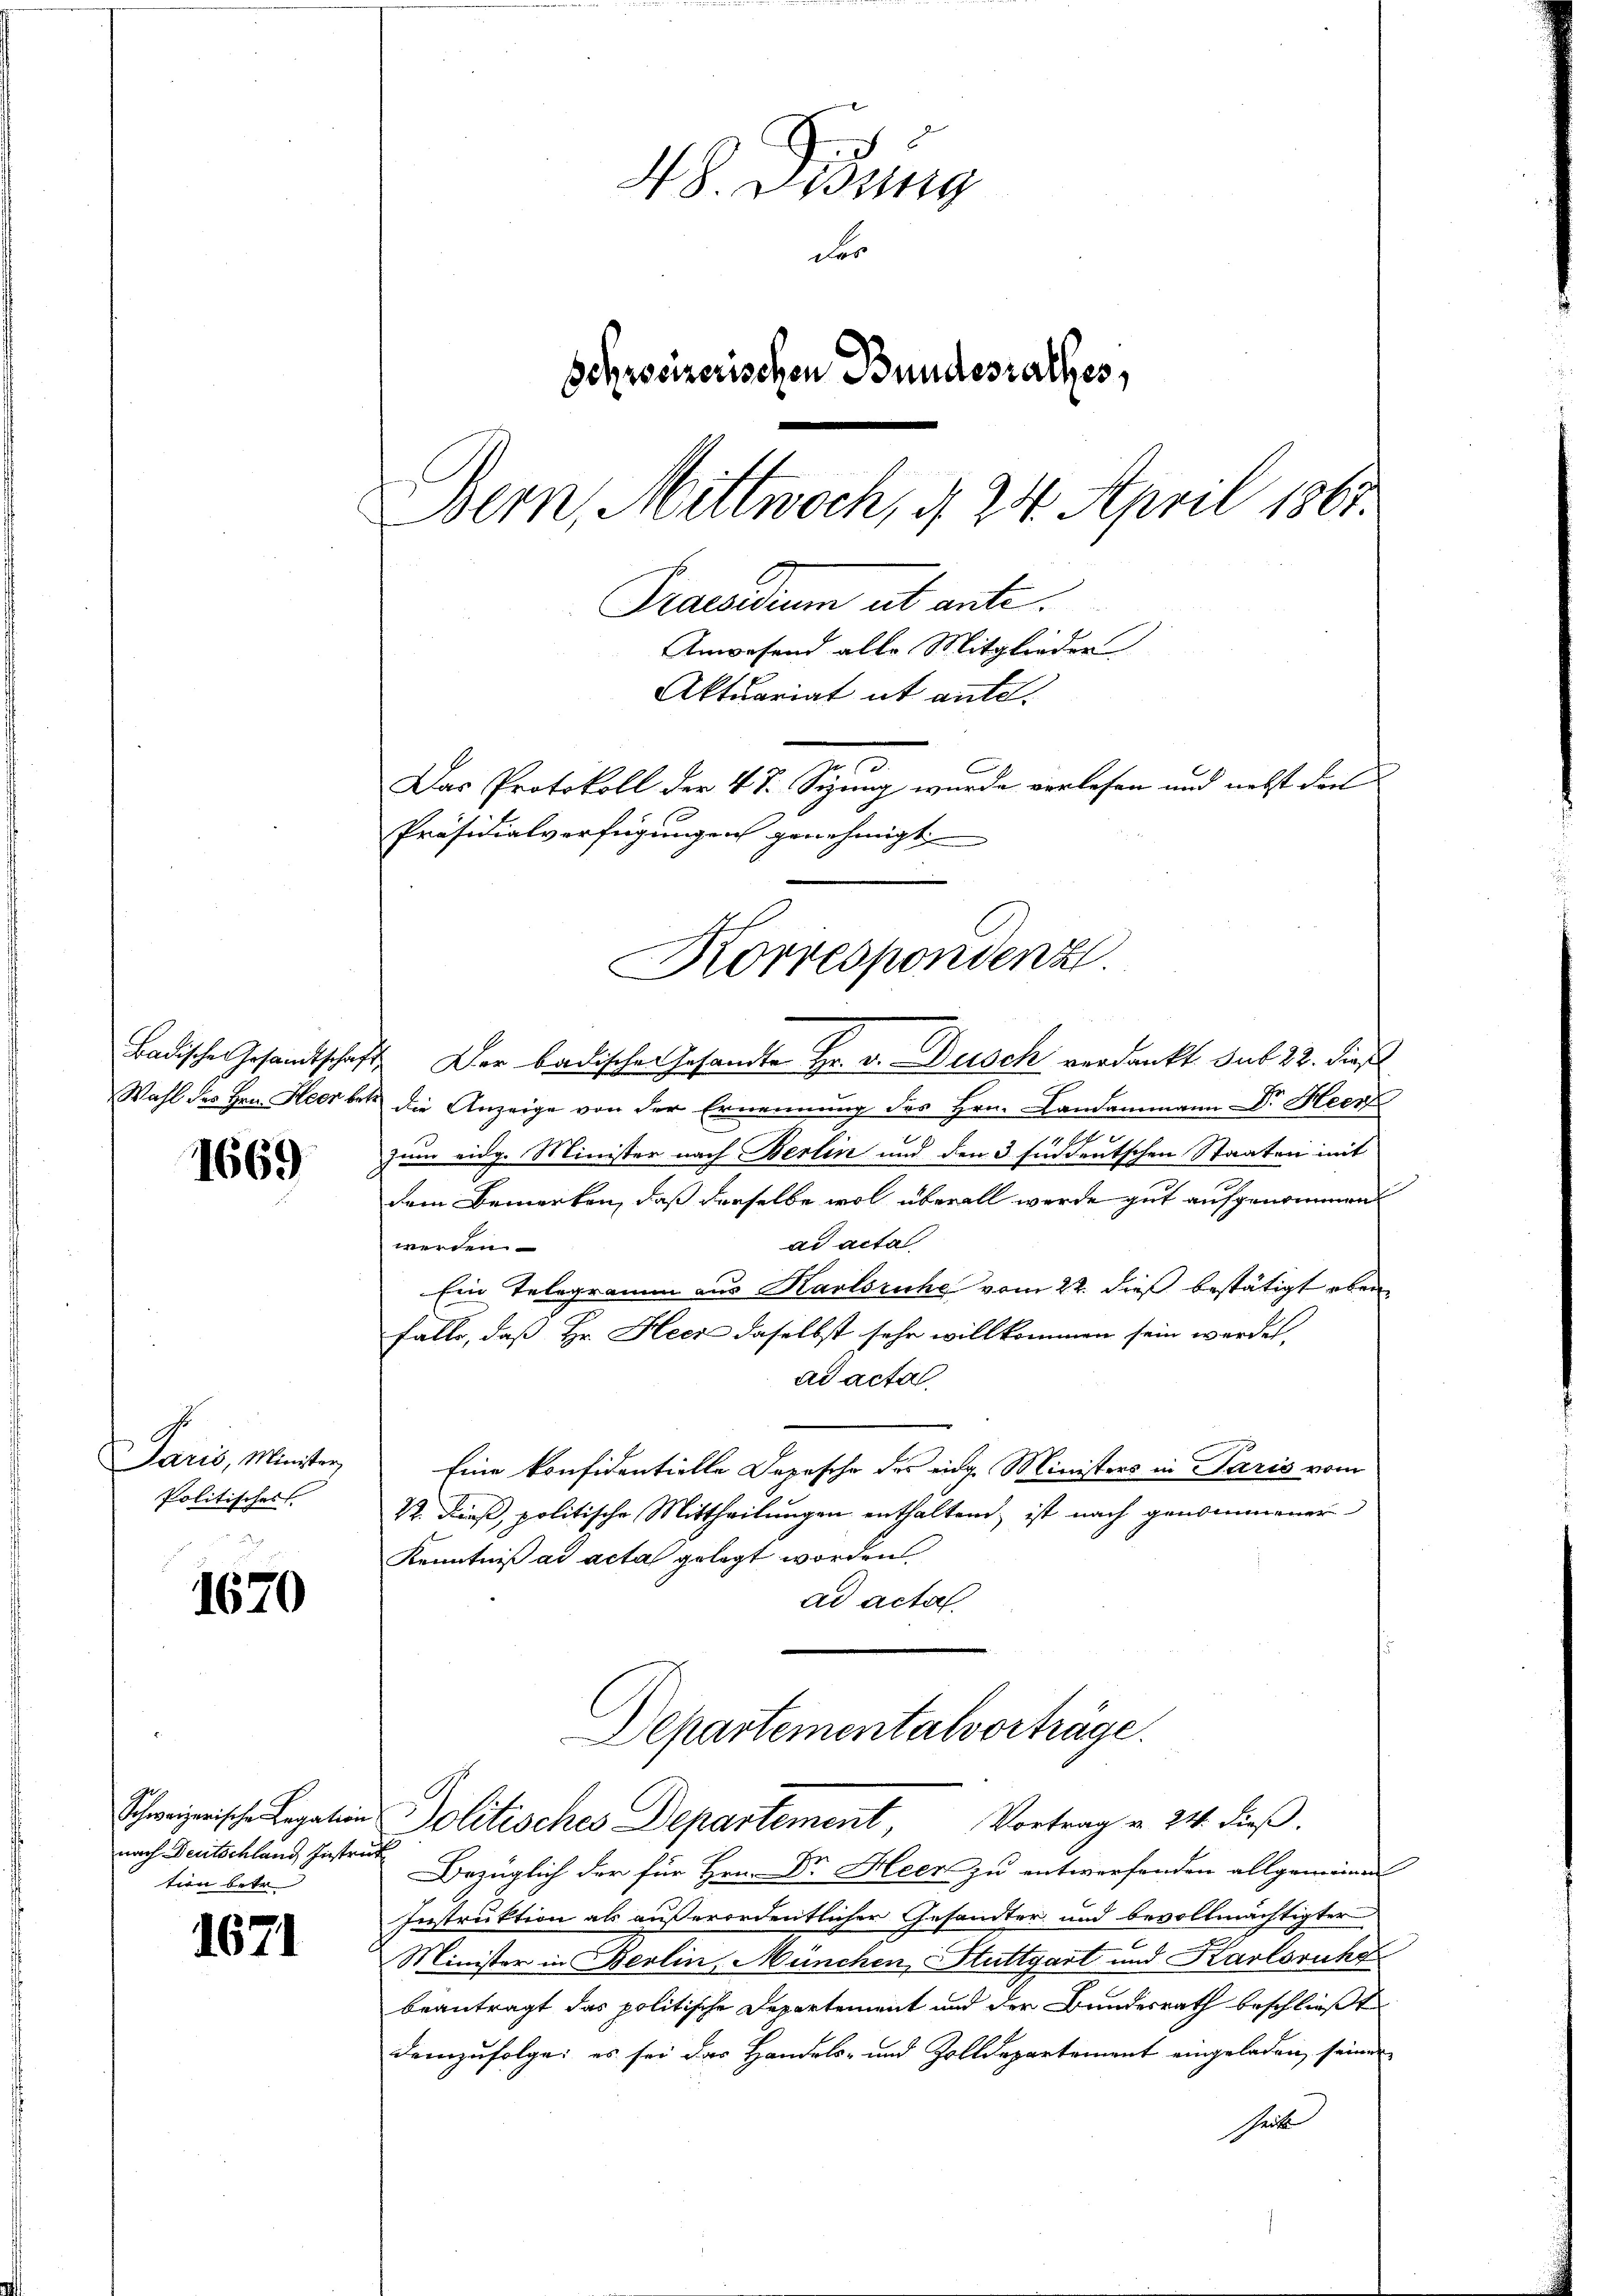
Badische Gesandtschaft
Wahl des Hrn. Heer be¬

1669

Paris, Minister
Politisches

1670

Schweizerische Legation
nach Deutschland Instri
tion betr

1671

H S. Lessing
der
Schreizerischen Bundesrathes,
Bern, Mittwoch, § 24. April 1867.
Praesidium ab ante.
Anwesend alle Mitglieder
Aktuariat ut ante.
3
Das Protokoll der 47. Sizung wurde verlesen und nebst dies
Präsidialverfügungen genehmigt

Korrespondenz

4. Der badischen Gesandte Hr. v. Dusch verdankt sub 22. dies
die Anzeige von der Ernennung des Hrn. Landammann Dr. Heer
194 f
zum eidg. Minister nach Berlin und den 3 Eiddeutschen Staaten mit
dem Bemerken, daß derselbe wol überall werde gut aufgenommen
ad actal
werden
Ein Telegramm aus Karlsruhe vom 22. dieß bestätigt eben
falls, daß Hr. Heci daselbst sehr willkommen sein werden,
ad acta
Eine konfidentielle Depesche des eidg. Ministers in Paris vom
½. dieß, politische Mittheilungen enthaltend, ist nach genommener
Kenntniß ad acta gelegt worden
ad acta.
Departementalvorträge.
Politisches Departement Vortrag v. 24. dieβ.
Bezüglich der für Hrn. Dr. Heer zu entwerfenden allgemeinen
Instruktion als außerordentlicher Gesandter und bevollmächtigter
Minister in Berlin, München Stuttgart und Karlsruhe
beantragt das politische Departement und der Bundesrath beschließt
demzufolge; es sei das Handels- und Zolldepartement eingeladen, seinen
Zeit